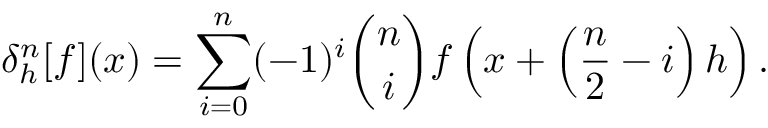
\delta _ { h } ^ { n } [ f ] ( x ) = \sum _ { i = 0 } ^ { n } ( - 1 ) ^ { i } { \binom { n } { i } } f \left( x + \left( { \frac { n } { 2 } } - i \right) h \right) .